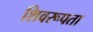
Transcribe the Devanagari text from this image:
शिवरूपता